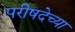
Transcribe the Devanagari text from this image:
परीषदेच्या